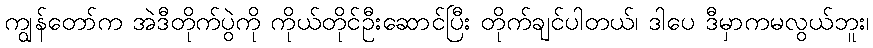
ကျွန်တော်က အဲဒီတိုက်ပွဲကို ကိုယ်တိုင်ဦးဆောင်ပြီး တိုက်ချင်ပါတယ်၊ ဒါပေ ဒီမှာကမလွယ်ဘူး၊